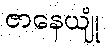
ဇာနေယျုံ